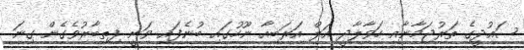
ސައުދީގެ ތަރުޖަމާނާއި ހަވާލާދީ އަލް އަރަބިއާ ނޫހުގައި ބުނެފައި ވަނީ ފިތިބާރުވެގެން ގިނަ